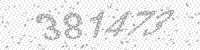
Solution: 381473